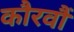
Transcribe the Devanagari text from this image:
कौरवौं